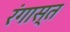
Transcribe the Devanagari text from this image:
रंगास्त